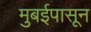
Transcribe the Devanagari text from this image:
मुबईपासून